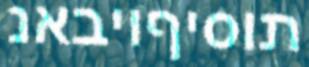
תוסיףויבאנ